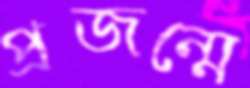
প্রজন্মে